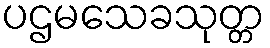
ပဌမသေခသုတ္တ